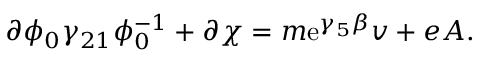
\partial \phi _ { 0 } \gamma _ { 2 1 } \phi _ { 0 } ^ { - 1 } + \partial \chi = m \mathrm { e } ^ { \gamma _ { 5 } \beta } v + e A .